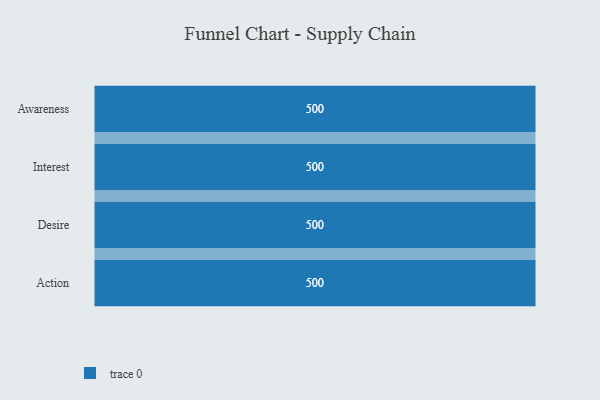
{"axis": {"x": "Stage", "y": "Value"}, "legend": [""], "data": [{"x": "Awareness", "y": 500, "type": ""}, {"x": "Interest", "y": 500, "type": ""}, {"x": "Desire", "y": 500, "type": ""}, {"x": "Action", "y": 500, "type": ""}]}